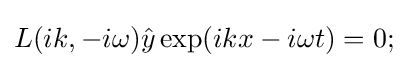
L(ik,-i\omega ){\hat {y}}\exp(ikx-i\omega t)=0;